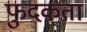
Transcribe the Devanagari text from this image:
फुदकता